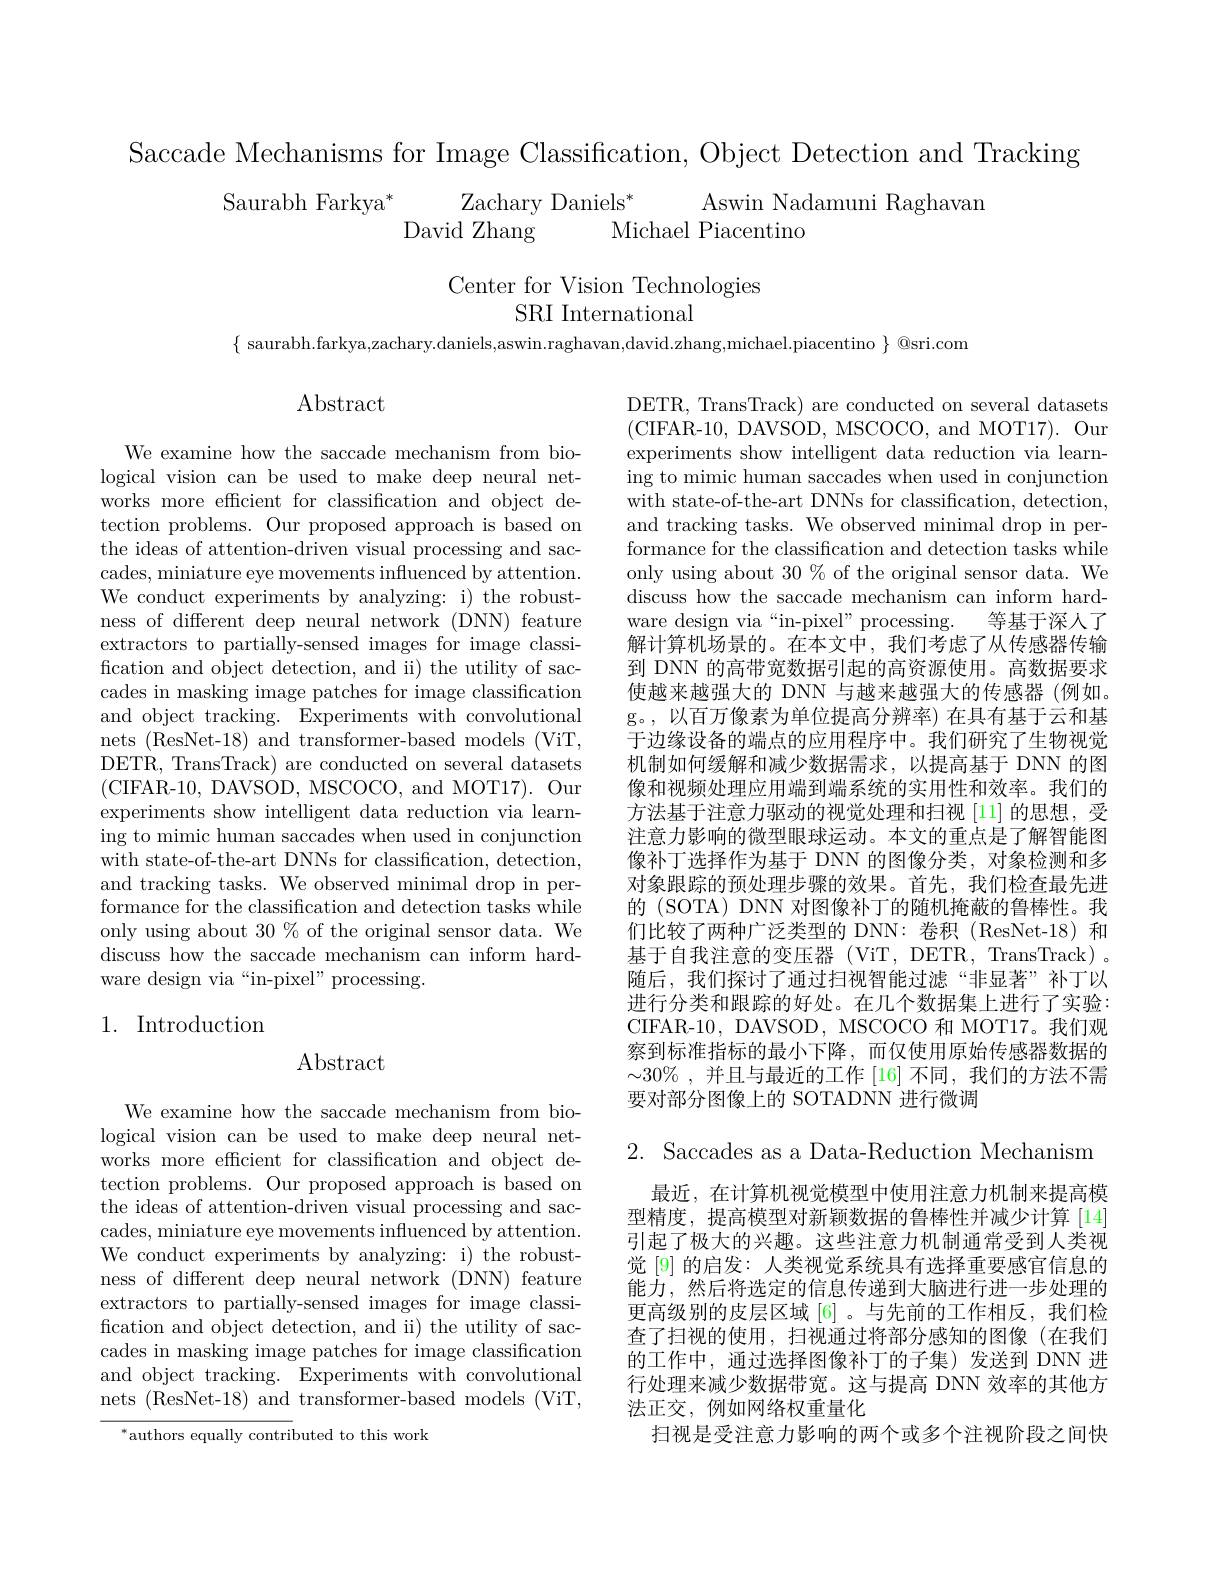
Saccade Mechanisms for Image Classification, Object Detection and Tracking
$\begin{array}{c}{\mathrm{Saurabh~Farkya}^{*}}&{\mathrm{Zachary~Daniels}^{*}}&{\mathrm{Aswin~Nadamuni~Raghavan}}\\{\mathrm{David~Zhang}}&{\mathrm{Michael~Piacentino}}\end{array}$

Center for Vision Technologies
SRI International

$\{$ saurabh.farkya,zachary.daniels,aswin.raghavan,david.zhang,michael.piacentino $\}$ @sri.com

$\operatorname{Abstract}$

We examine how the saccade mechanism from biological vision can be used to make deep neural networks more efficient for classification and object detection problems. Our proposed approach is based on the ideas of attention-driven visual processing and saccades, miniature eye movements influenced by attention. We conduct experiments by analyzing: i) the robustness of different deep neural network (DNN) feature extractors to partially-sensed images for image classification and object detection, and ii) the utility of saccades in masking image patches for image classification and object tracking. Experiments with convolutional nets (ResNet-18) and transformer-based models (ViT, DETR, TransTrack) are conducted on several datasets (CIFAR-10, DAVSOD, MSCOCO, and MOT17). Our experiments show intelligent data reduction via learning to mimic human saccades when used in conjunction with state-of-the-art DNNs for classification, detection, and tracking tasks. We observed minimal drop in performance for the classification and detection tasks while only using about 30% of the original sensor data. We discuss how the saccade mechanism can inform hardware design via“in-pixel” processing.

DETR, TransTrack) are conducted on several datasets (CIFAR-10, DAVSOD, MSCOCO, and MOT17). Our experiments show intelligent data reduction via learning to mimic human saccades when used in conjunction with state-of-the-art DNNs for classification, detection, and tracking tasks. We observed minimal drop in performance for the classification and detection tasks while only using about 30 % of the original sensor data. We discuss how the saccade mechanism can inform hardware design via“in-pixel” processing. 等基于深人了解计算机场景的。在本文中，我们考虑了从传感器传输到 DNN 的高带宽数据引起的高资源使用。高数据要求使越来越强大的 DNN 与越来越强大的传感器 (例如。g。,以百万像素为单位提高分辨率) 在具有基于云和基于边缘设备的端点的应用程序中。我们研究了生物视觉机制如何缓解和减少数据需求，以提高基于 DNN 的图像和视频处理应用端到端系统的实用性和效率。我们的方法基于注意力驱动的视觉处理和扫视[11]的思想，受注意力影响的微型眼球运动。本文的重点是了解智能图像补丁选择作为基于 DNN 的图像分类，对象检测和多对象跟踪的预处理步骤的效果。首先，我们检查最先进的 (SOTA) DNN 对图像补丁的随机掩蔽的鲁棒性。我们比较了两种广泛类型的 DNN: 卷积(ResNet-18)和基于自我注意的变压器(ViT,DETR,TransTrack)。随后，我们探讨了通过扫视智能过滤“非显著”补丁以进行分类和跟踪的好处。在几个数据集上进行了实验： CIFAR-10, DAVSOD, MSCOCO 和 MOT17。我们观察到标准指标的最小下降，而仅使用原始传感器数据的$\sim30\%$,并且与最近的工作[16]不同，我们的方法不需要对部分图像上的 SOTADNN 进行微调

## 1. Introduction

## $\operatorname{Abstract}$

2. Saccades as a Data-Reduction Mechanism

We examine how the saccade mechanism from biological vision can be used to make deep neural networks more efficient for classification and object detection problems. Our proposed approach is based on the ideas of attention-driven visual processing and saccades, miniature eye movements influenced by attention. We conduct experiments by analyzing: i) the robustness of different deep neural network (DNN) feature extractors to partially-sensed images for image classification and object detection, and ii) the utility of saccades in masking image patches for image classification and object tracking. Experiments with convolutional nets (ResNet-18) and transformer-based models (ViT,

最近，在计算机视觉模型中使用注意力机制来提高模型精度，提高模型对新颖数据的鲁棒性并减少计算[14] 引起了极大的兴趣。这些注意力机制通常受到人类视觉[9] 的启发：人类视觉系统具有选择重要感官信息的能力，然后将选定的信息传递到大脑进行进一步处理的更高级别的皮层区域[6] 。与先前的工作相反，我们检查了扫视的使用，扫视通过将部分感知的图像(在我们的工作中，通过选择图像补丁的子集)发送到 DNN 进行处理来减少数据带宽。这与提高 DNN 效率的其他方法正交，例如网络权重量化
扫视是受注意力影响的两个或多个注视阶段之间快

$^*$authors equally contributed to this work